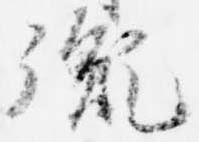
胤